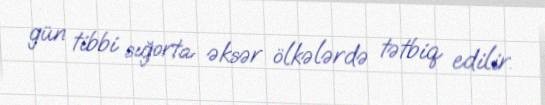
gün tibbi sığorta əksər ölkələrdə tətbiq edilir.